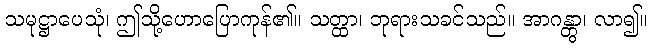
သမုဋ္ဌာပေသုံ၊ ဤသို့ဟောပြောကုန်၏။ သတ္ထာ၊ ဘုရားသခင်သည်။ အာဂန္တွာ၊ လာ၍။